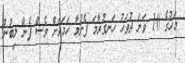
މަހުގެ 10 ވަނަ ދުވަހު ހަނގުރާމަ ފެށުމާ ހަމައަށް ވެސް ފެން ލިބުން